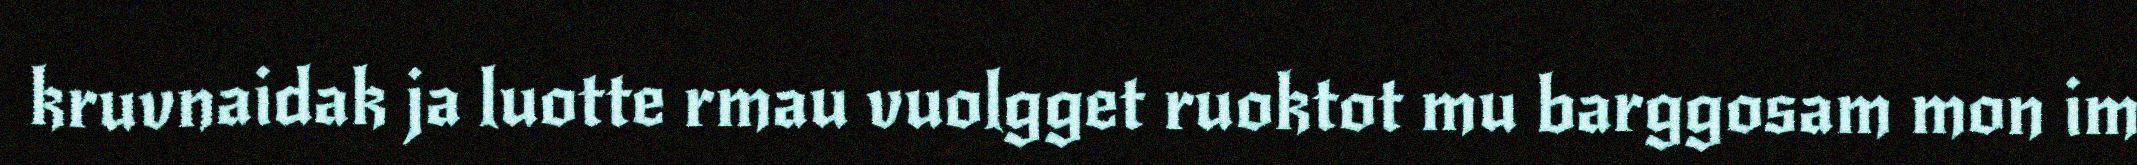
kruvnaidak ja luotte rmau vuolgget ruoktot mu barggosam mon im